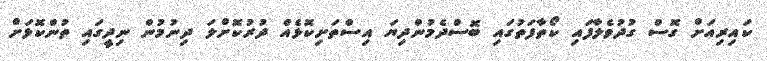
ކައިރިއަށް ގޮސް ގުދުވެލާފައި ކޯތާފަތުގައި ބޮސްދެމުންދިޔަ އިސްތަށިކޮޅެއް ދުރުކޮށްލަ ދިނުމުން ނިދީގައި ތުންކޮޅަށް